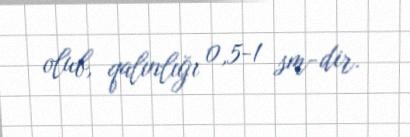
olub, qalınlığı 0,5-1 sm-dir.